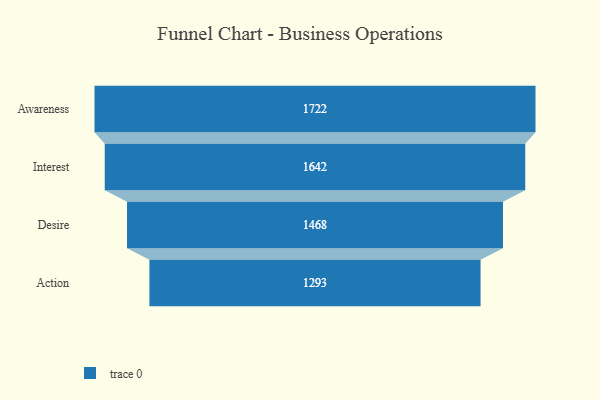
{"axis": {"x": "Stage", "y": "Value"}, "legend": [""], "data": [{"x": "Awareness", "y": 1722.0, "type": ""}, {"x": "Interest", "y": 1642.0, "type": ""}, {"x": "Desire", "y": 1468.0, "type": ""}, {"x": "Action", "y": 1293.0, "type": ""}]}